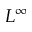
L ^ { \infty }